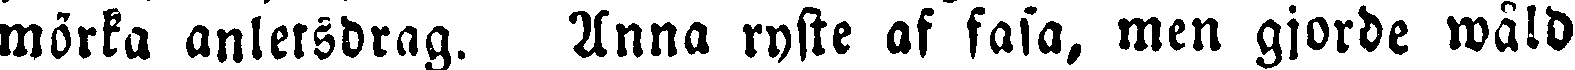
mörka anletsdrag. Anna ryste af fasa, men gjorde wåld